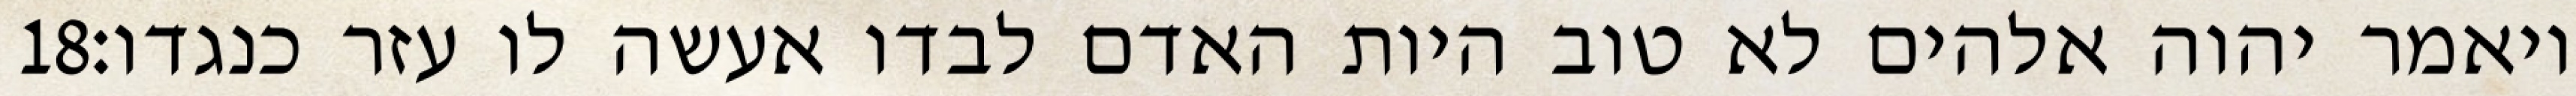
‎18‏ ויאמר יהוה אלהים לא טוב היות האדם לבדו אעשה לו עזר כנגדו׃